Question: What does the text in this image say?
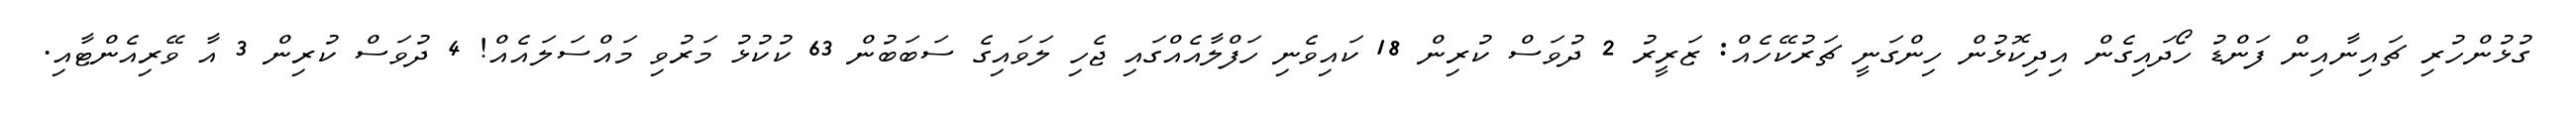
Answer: ގުޅުންހުރި ޗައިނާއިން ފަންޑު ހޯދައިގެން އިދިކޮޅުން ހިންގަނީ ޗަރުކޭހެއް: ޒަރީރު 2 ދުވަސް ކުރިން 18 ކައިވެނި ހަފްލާއެއްގައި ޖެހި ލަވައިގެ ސަބަބުން 63 ކުކުޅު މަރުވި މައްސަލައެއް! 4 ދުވަސް ކުރިން 3 އާ ވޭރިއެންޓާއި.